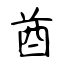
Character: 酋